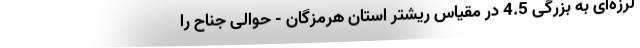
لرزه‌ای به بزرگی 4.5 در مقیاس ریشتر استان هرمزگان - حوالی جناح را